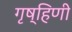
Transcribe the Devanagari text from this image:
गृष्हिणी